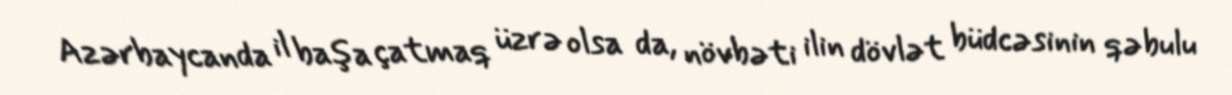
Azərbaycanda il başa çatmaq üzrə olsa da, növbəti ilin dövlət büdcəsinin qəbulu